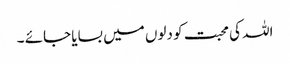
اللہ کی محبت کو دلوں میں بسایا جائے ۔